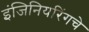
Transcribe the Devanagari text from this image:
इंजिनियरिंगचे